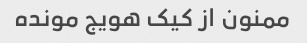
ممنون از کیک هویج مونده